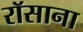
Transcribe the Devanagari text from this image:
रॉसाना